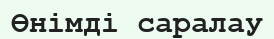
Өнімді саралау